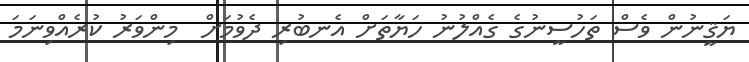
ޔަޤީނުން ވެސް ތަހުސީނުގެ ގެއްލުނު ހަޔާތަށް އެނބުރި ދެވުމަށް  މިންވަރު ކުރެއްވިނަމަ